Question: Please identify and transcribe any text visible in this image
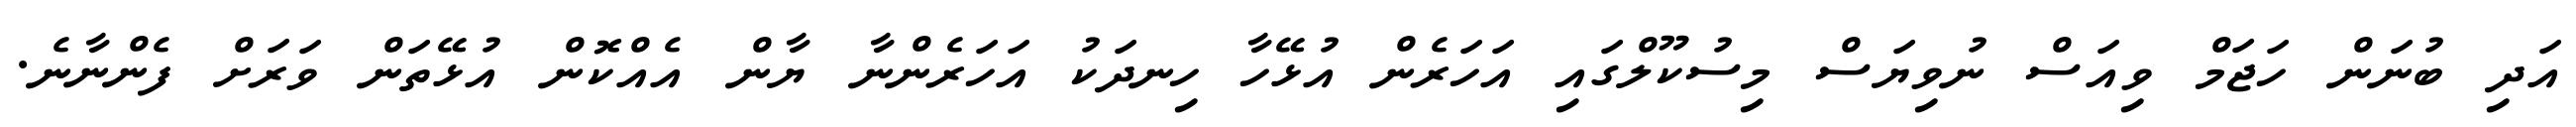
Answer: އަދި ބުނަން ހަޖަމް ވިއަސް ނުވިޔަސް މިސުކޫލްގައި އަހަރެން އުޅޭހާ ހިނދަކު އަހަރެންނާ ޔާން އެއްކޮން އުޅޭތަން ވަރަށް ފެންނާނެ.